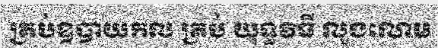
គ្រប់ឧបាយកល គ្រប់ យុទ្ធវិធី លួងលោម